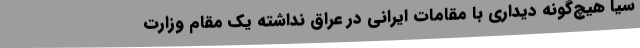
سیا هیچ‌گونه دیداری با مقامات ایرانی در عراق نداشته یک‌ مقام وزارت